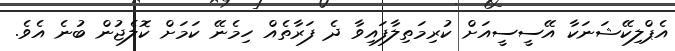
އެޕްލިކޭޝަނަކާ އޭސީސީއަށް ކުރިމަތިލާފައިވާ ދެ ފަރާތެއް ހިމެނޭ ކަމަށް ކޮލެޖުން ބުނެ އެވެ.